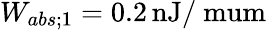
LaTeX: W_{abs;1}=0.2\, \mathrm{nJ/\ mum}